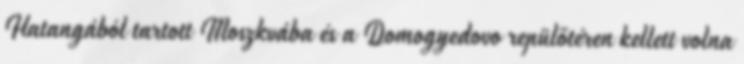
Hatangából tartott Moszkvába és a Domogyedovo repülőtéren kellett volna